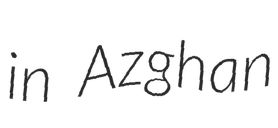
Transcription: in Azghan